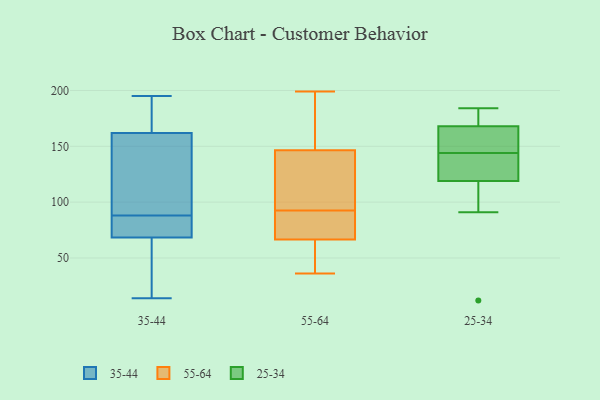
{"axis": {"x": "Latency (ms)", "y": "Value"}, "legend": ["25-34", "35-44", "55-64"], "data": [{"x": "", "y": 60, "type": "35-44"}, {"x": "", "y": 157, "type": "35-44"}, {"x": "", "y": 195, "type": "35-44"}, {"x": "", "y": 14, "type": "35-44"}, {"x": "", "y": 122, "type": "35-44"}, {"x": "", "y": 83, "type": "35-44"}, {"x": "", "y": 26, "type": "35-44"}, {"x": "", "y": 87, "type": "35-44"}, {"x": "", "y": 86, "type": "35-44"}, {"x": "", "y": 123, "type": "35-44"}, {"x": "", "y": 192, "type": "35-44"}, {"x": "", "y": 177, "type": "35-44"}, {"x": "", "y": 140, "type": "35-44"}, {"x": "", "y": 71, "type": "35-44"}, {"x": "", "y": 177, "type": "35-44"}, {"x": "", "y": 55, "type": "35-44"}, {"x": "", "y": 88, "type": "35-44"}, {"x": "", "y": 59, "type": "55-64"}, {"x": "", "y": 74, "type": "55-64"}, {"x": "", "y": 145, "type": "55-64"}, {"x": "", "y": 199, "type": "55-64"}, {"x": "", "y": 108, "type": "55-64"}, {"x": "", "y": 82, "type": "55-64"}, {"x": "", "y": 59, "type": "55-64"}, {"x": "", "y": 95, "type": "55-64"}, {"x": "", "y": 148, "type": "55-64"}, {"x": "", "y": 90, "type": "55-64"}, {"x": "", "y": 36, "type": "55-64"}, {"x": "", "y": 173, "type": "55-64"}, {"x": "", "y": 149, "type": "25-34"}, {"x": "", "y": 176, "type": "25-34"}, {"x": "", "y": 91, "type": "25-34"}, {"x": "", "y": 137, "type": "25-34"}, {"x": "", "y": 165, "type": "25-34"}, {"x": "", "y": 139, "type": "25-34"}, {"x": "", "y": 184, "type": "25-34"}, {"x": "", "y": 168, "type": "25-34"}, {"x": "", "y": 12, "type": "25-34"}, {"x": "", "y": 119, "type": "25-34"}]}